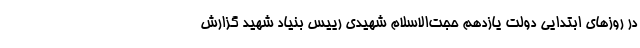
در روز‌های ابتدایی دولت یازدهم حجت‌الاسلام شهیدی رییس بنیاد شهید گزارش